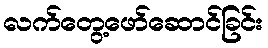
လက်တွေ့ဖော်ဆောင်ခြင်း